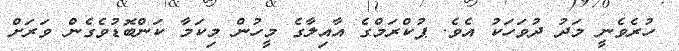
ހުރެވެނީ މަދު ދުވަހަކު އެވެ. ޕުކްރަމްގެ އާއިލާގެ މީހުން މިކަމާ ކަންބޮޑުވެގެން ވަރަށް